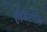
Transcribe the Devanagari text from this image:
हैबिटरेल